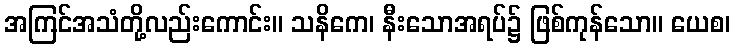
အကြင်အသံတို့လည်းကောင်း။ သနိကေ၊ နီးသောအရပ်၌ ဖြစ်ကုန်သော။ ယေစ၊